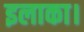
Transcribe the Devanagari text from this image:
इलाका।